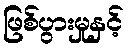
ဖြစ်ပွားမှုနှင့်